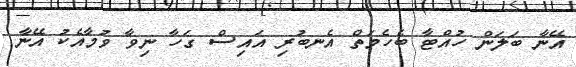
އޭނާ ބަލަން ހުއްޓާ ބެހެމަތް އެނބުރި އައިސް ގަހާ ނިވާ ވުމާއެކު އޭނާ